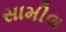
સામીલ